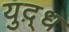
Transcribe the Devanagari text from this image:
युद़्ध